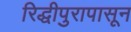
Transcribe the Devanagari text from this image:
रिद्धीपुरापासून